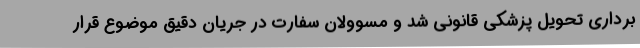
برداری تحویل پزشکی قانونی شد و مسوولان سفارت در جریان دقیق موضوع قرار